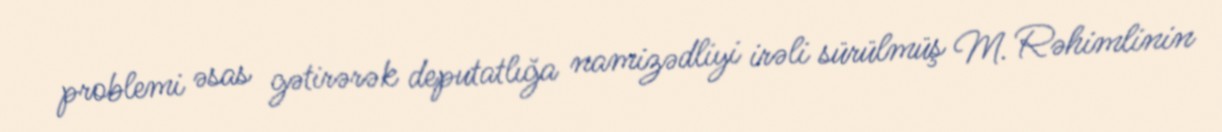
problemi əsas gətirərək deputatlığa namizədliyi irəli sürülmüş M. Rəhimlinin